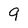
Character: 9